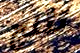
تثلج